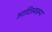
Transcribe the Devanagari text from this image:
आदिस्वरूप